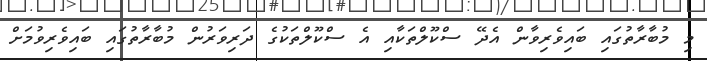
މި މުބާރާތުގައި ބައިވެރިވާން އެދޭ ސްކޫލްތަކާއި އެ ސްކޫލްތަކުގެ ދަރިވަރުން މުބާރާތުގައި ބައިވެރިވުމަށް